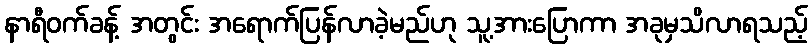
နာရီဝက်ခန့် အတွင်း အရောက်ပြန်လာခဲ့မည်ဟု သူ့အားပြောကာ အခုမှသိလာရသည့်